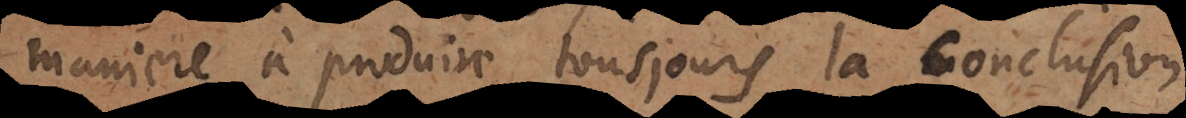
maniere à produire tousjours la conclusion